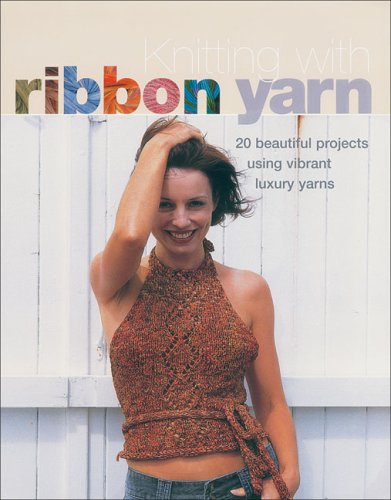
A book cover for Knitting with Ribbon Yarn: 28 Beautiful Projects Using Vibrant Luxury Yarn; Tracy Chapman; Crafts, Hobbies & Home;